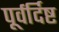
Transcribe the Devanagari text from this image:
पूर्वर्दिष्ट